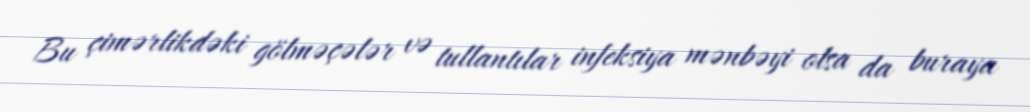
Bu çimərlikdəki gölməçələr və tullantılar infeksiya mənbəyi olsa da buraya